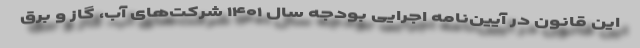
این قانون در آیین‌نامه اجرایی بودجه سال ۱۴۰۱ شرکت‌های آب، گاز و برق